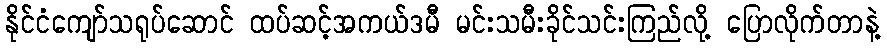
နိုင်ငံကျော်သရုပ်ဆောင် ထပ်ဆင့်အကယ်ဒမီ မင်းသမီးခိုင်သင်းကြည်လို့ ပြောလိုက်တာနဲ့